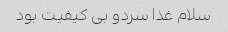
سلام غذا سردو بی کیفیت بود